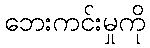
ဘေးကင်းမှုကို